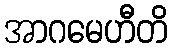
အာဂမေဟီတိ